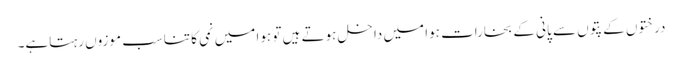
درختوں کے پتوں سے پانی کے بخارات ہوا میں داخل ہوتے ہیں تو ہوا میں نمی کا تناسب موزوں رہتاہے۔